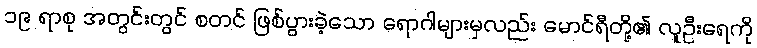
၁၉ ရာစု အတွင်းတွင် စတင် ဖြစ်ပွားခဲ့သော ရောဂါများမှလည်း မောင်ရီတို့၏ လူဦးရေကို